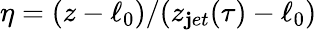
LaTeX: \eta=(z-\ell_{0})/(z_{\mathbf{j}et}(\tau)-\ell_{0})